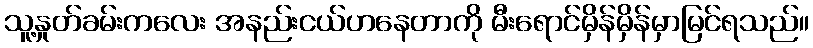
သူ့နှုတ်ခမ်းကလေး အနည်းငယ်ဟနေတာကို မီးရောင်မှိန်မှိန်မှာမြင်ရသည်။